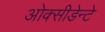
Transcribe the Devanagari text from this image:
ओक्सीडेन्टे